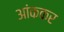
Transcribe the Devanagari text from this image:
आंककर